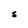
Character: S